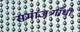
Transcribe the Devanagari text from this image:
समाजःगाँधी